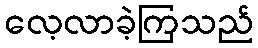
လေ့လာခဲ့ကြသည်